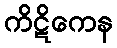
ကိဋိကေန